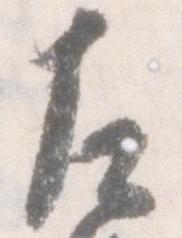
左